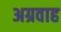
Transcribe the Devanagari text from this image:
अग्रवाह